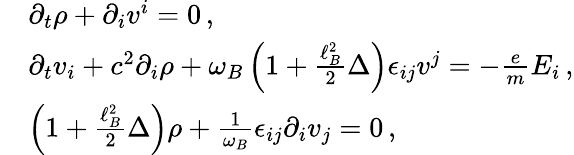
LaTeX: \begin{array}{rl}&{\partial_{t}\rho+\partial_{i}v^{i}=0\, ,}\\ &{\partial_{t}v_{i}+c^{2}\partial_{i}\rho+\omega_{B}\left(1+\frac{\ell_{B}^{2}}{2}\Delta\right)\epsilon_{ij}v^{j}=-\frac{e}{m}E_{i}\, ,}\\ &{\left(1+\frac{\ell_{B}^{2}}{2}\Delta\right)\rho+\frac{1}{\omega_{B}}\epsilon_{ij}\partial_{i}v_{j}=0\, ,}\end{array}